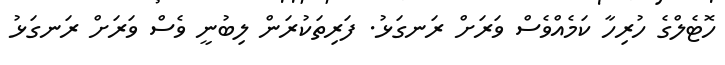
ހޮޓެލްގެ ހުރިހާ ކަމެއްވެސް ވަރަށް ރަނގަޅު. ފަރިތަކުރަން ލިބުނީ ވެސް ވަރަށް ރަނގަޅު